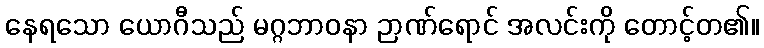
နေရသော ယောဂီသည် မဂ္ဂဘာဝနာ ဉာဏ်ရောင် အလင်းကို တောင့်တ၏။